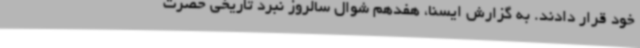
خود قرار دادند. به گزارش ایسنا، هفدهم شوال سالروز نبرد تاریخی حضرت